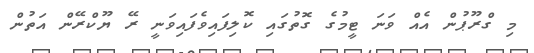
މި ގްރޫޕުން އެއް ވަނަ ޓީމުގެ ގޮތުގައި ކޮލިފައިވެފައިވަނީ ރޭ ޔޫކްރޭން އަތުން